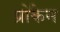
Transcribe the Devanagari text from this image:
प्रोकैन